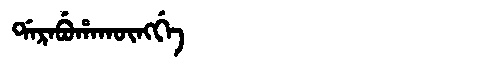
Manchu: ᡩᠠᡵᠠᠪᡠᡥᠠᡴᡡᠩᡤᡝ
Romanization: DARABUHAKŪNGGE